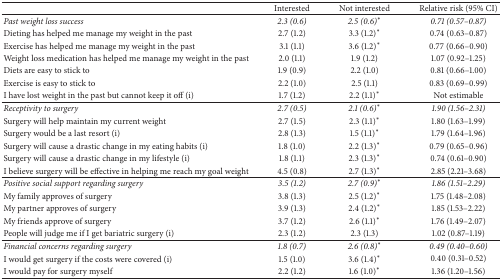
<table><thead><tr><td><b> </b></td><td><b>Interested</b></td><td><b>Not interested</b></td><td><b>Relative risk (95% CI)</b></td></tr></thead><tbody><tr><td><i>Past weight loss success</i></td><td><i>2.3 (0.6)</i></td><td><i>2.5 (0.6)</i><sup><i>∗</i></sup></td><td><i>0.71 (0.57–0.87)</i></td></tr><tr><td>Dieting has helped me manage my weight in the past</td><td>2.7 (1.2)</td><td>3.3 (1.2)<sup><i>∗</i></sup></td><td>0.74 (0.63–0.87)</td></tr><tr><td>Exercise has helped me manage my weight in the past</td><td>3.1 (1.1)</td><td>3.6 (1.2)<sup><i>∗</i></sup></td><td>0.77 (0.66–0.90)</td></tr><tr><td>Weight loss medication has helped me manage my weight in the past</td><td>2.0 (1.1)</td><td>1.9 (1.2)</td><td>1.07 (0.92–1.25)</td></tr><tr><td>Diets are easy to stick to</td><td>1.9 (0.9)</td><td>2.2 (1.0)</td><td>0.81 (0.66–1.00)</td></tr><tr><td>Exercise is easy to stick to</td><td>2.2 (1.0)</td><td>2.5 (1.1)</td><td>0.83 (0.69–0.99)</td></tr><tr><td>I have lost weight in the past but cannot keep it off (i)</td><td>1.7 (1.2)</td><td>2.2 (1.1)<sup><i>∗</i></sup></td><td>Not estimable</td></tr><tr><td><i>Receptivity to surgery</i></td><td><i>2.7 (0.5)</i></td><td><i>2.1 (0.6)</i><sup><i>∗</i></sup></td><td><i>1.90 (1.56–2.31)</i></td></tr><tr><td>Surgery will help maintain my current weight</td><td>2.7 (1.5)</td><td>2.3 (1.1)<sup><i>∗</i></sup></td><td>1.80 (1.63–1.99)</td></tr><tr><td>Surgery would be a last resort (i)</td><td>2.8 (1.3)</td><td>1.5 (1.1)<sup><i>∗</i></sup></td><td>1.79 (1.64–1.96)</td></tr><tr><td>Surgery will cause a drastic change in my eating habits (i)</td><td>1.8 (1.0)</td><td>2.2 (1.3)<sup><i>∗</i></sup></td><td>0.79 (0.65–0.96)</td></tr><tr><td>Surgery will cause a drastic change in my lifestyle (i)</td><td>1.8 (1.1)</td><td>2.3 (1.3)<sup><i>∗</i></sup></td><td>0.74 (0.61–0.90)</td></tr><tr><td>I believe surgery will be effective in helping me reach my goal weight</td><td>4.5 (0.8)</td><td>2.7 (1.3)<sup><i>∗</i></sup></td><td>2.85 (2.21–3.68)</td></tr><tr><td><i>Positive social support regarding surgery</i></td><td><i>3.5 (1.2)</i></td><td><i>2.7 (0.9)</i><sup><i>∗</i></sup></td><td><i>1.86 (1.51–2.29)</i></td></tr><tr><td>My family approves of surgery</td><td>3.8 (1.3)</td><td>2.5 (1.2)<sup><i>∗</i></sup></td><td>1.75 (1.48–2.08)</td></tr><tr><td>My partner approves of surgery</td><td>3.9 (1.3)</td><td>2.4 (1.2)<sup><i>∗</i></sup></td><td>1.85 (1.53–2.22)</td></tr><tr><td>My friends approve of surgery</td><td>3.7 (1.2)</td><td>2.6 (1.1)<sup><i>∗</i></sup></td><td>1.76 (1.49–2.07)</td></tr><tr><td>People will judge me if I get bariatric surgery (i)</td><td>2.3 (1.2)</td><td>2.3 (1.3)</td><td>1.02 (0.87–1.19)</td></tr><tr><td><i>Financial concerns regarding surgery</i></td><td><i>1.8 (0.7)</i></td><td><i>2.6 (0.8)</i><sup><i>∗</i></sup></td><td><i>0.49 (0.40–0.60)</i></td></tr><tr><td>I would get surgery if the costs were covered (i)</td><td>1.5 (1.0)</td><td>3.6 (1.4)<sup><i>∗</i></sup></td><td>0.40 (0.31–0.52)</td></tr><tr><td>I would pay for surgery myself </td><td>2.2 (1.2)</td><td>1.6 (1.0)<sup><i>∗</i></sup></td><td>1.36 (1.20–1.56)</td></tr></tbody></table>